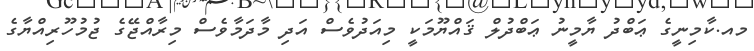
މއ.ކާމިނީގެ ޢަބްދު ޔާމީނު ޢަބްދުލް ޤައްޔޫމަކީ މިއަދުވެސް އަދި މާދަމާވެސް މިރާއްޖޭގެ ޖުމުހޫރިއްޔާގެ